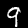
Label: 9